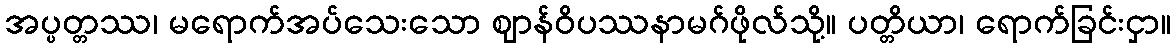
အပ္ပတ္တဿ၊ မရောက်အပ်သေးသော ဈာန်ဝိပဿနာမဂ်ဖိုလ်သို့။ ပတ္တိယာ၊ ရောက်ခြင်းငှာ။